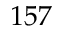
1 5 7